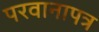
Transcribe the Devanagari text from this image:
परवानापत्र